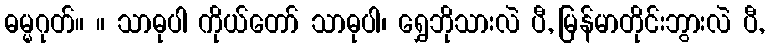
ဓမ္မဂုတ်။ ။ သာဓုပါ ကိုယ်တော် သာဓုပါ၊ ရွှေဘိုသားလဲ ပီ, မြန်မာတိုင်းဘွားလဲ ပီ,